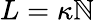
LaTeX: L=\kappa\mathbb{N}